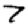
Digit: 7